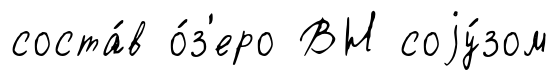
соста́в о́з'еро ВН соjу́зом